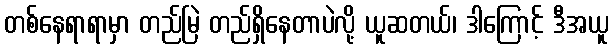
တစ်နေရာရာမှာ တည်မြဲ တည်ရှိနေတာပဲလို့ ယူဆတယ်၊ ဒါကြောင့် ဒီအယူ